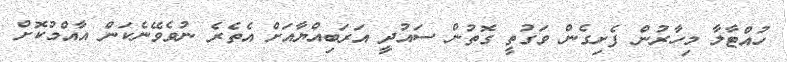
ހުއްޓާލާ މިހާރުން ފެށިގެން ވަގުތީ ގޮތުން ސައުދިީ އަރަބިއްޔާއަށް އެތެރެ ނުވެވޭނެކަން އާއްމުކޮށް